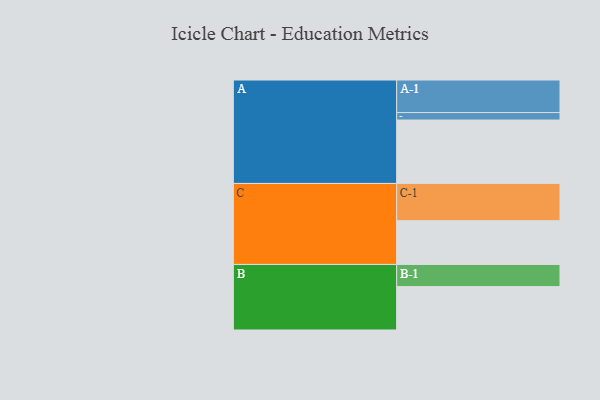
{"axis": {"x": "Segment", "y": "Value"}, "legend": ["", "A", "B", "C"], "data": [{"x": "A", "y": 475, "type": ""}, {"x": "B", "y": 325, "type": ""}, {"x": "C", "y": 328, "type": ""}, {"x": "A-1", "y": 244, "type": "A"}, {"x": "A-2", "y": 56, "type": "A"}, {"x": "B-1", "y": 166, "type": "B"}, {"x": "C-1", "y": 279, "type": "C"}]}